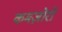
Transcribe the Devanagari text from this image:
कमज़ोरों